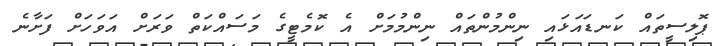
ޕޮލިސީތައް ކަނޑައަޅައި ނިންމުންތައް ނިންމުމަށް އެ ކޮމެޓީގެ މަސައްކަތް ވަރަށް އަވަހަށް ފަށާނެ